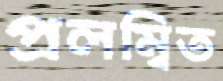
প্রলম্বিত